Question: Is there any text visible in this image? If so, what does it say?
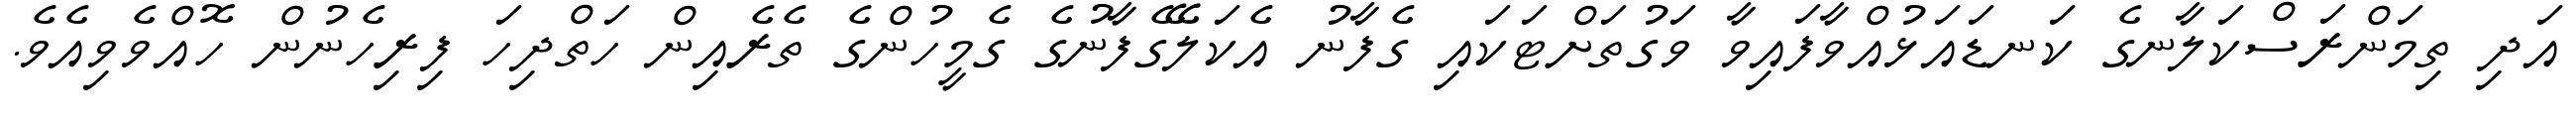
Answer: އަދި ތިމަންރަސްކަލާނގެ ކަނޑައަޅުއްވާފައިވާ ވަގުތަށްޓަކައި ގެފާނު އެކަލޭގެފާނުގެ ގެމީހުންގެ ތެރެއިން ހަތްދިހަ ފިރިހެނުން ހޮއްވެވިއެވެ.